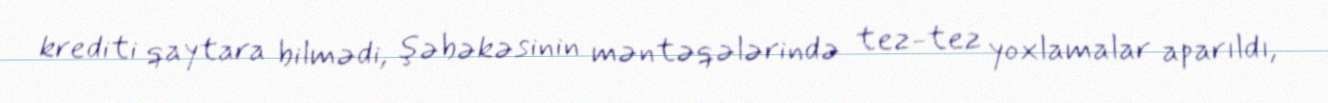
krediti qaytara bilmədi, şəbəkəsinin məntəqələrində tez-tez yoxlamalar aparıldı,